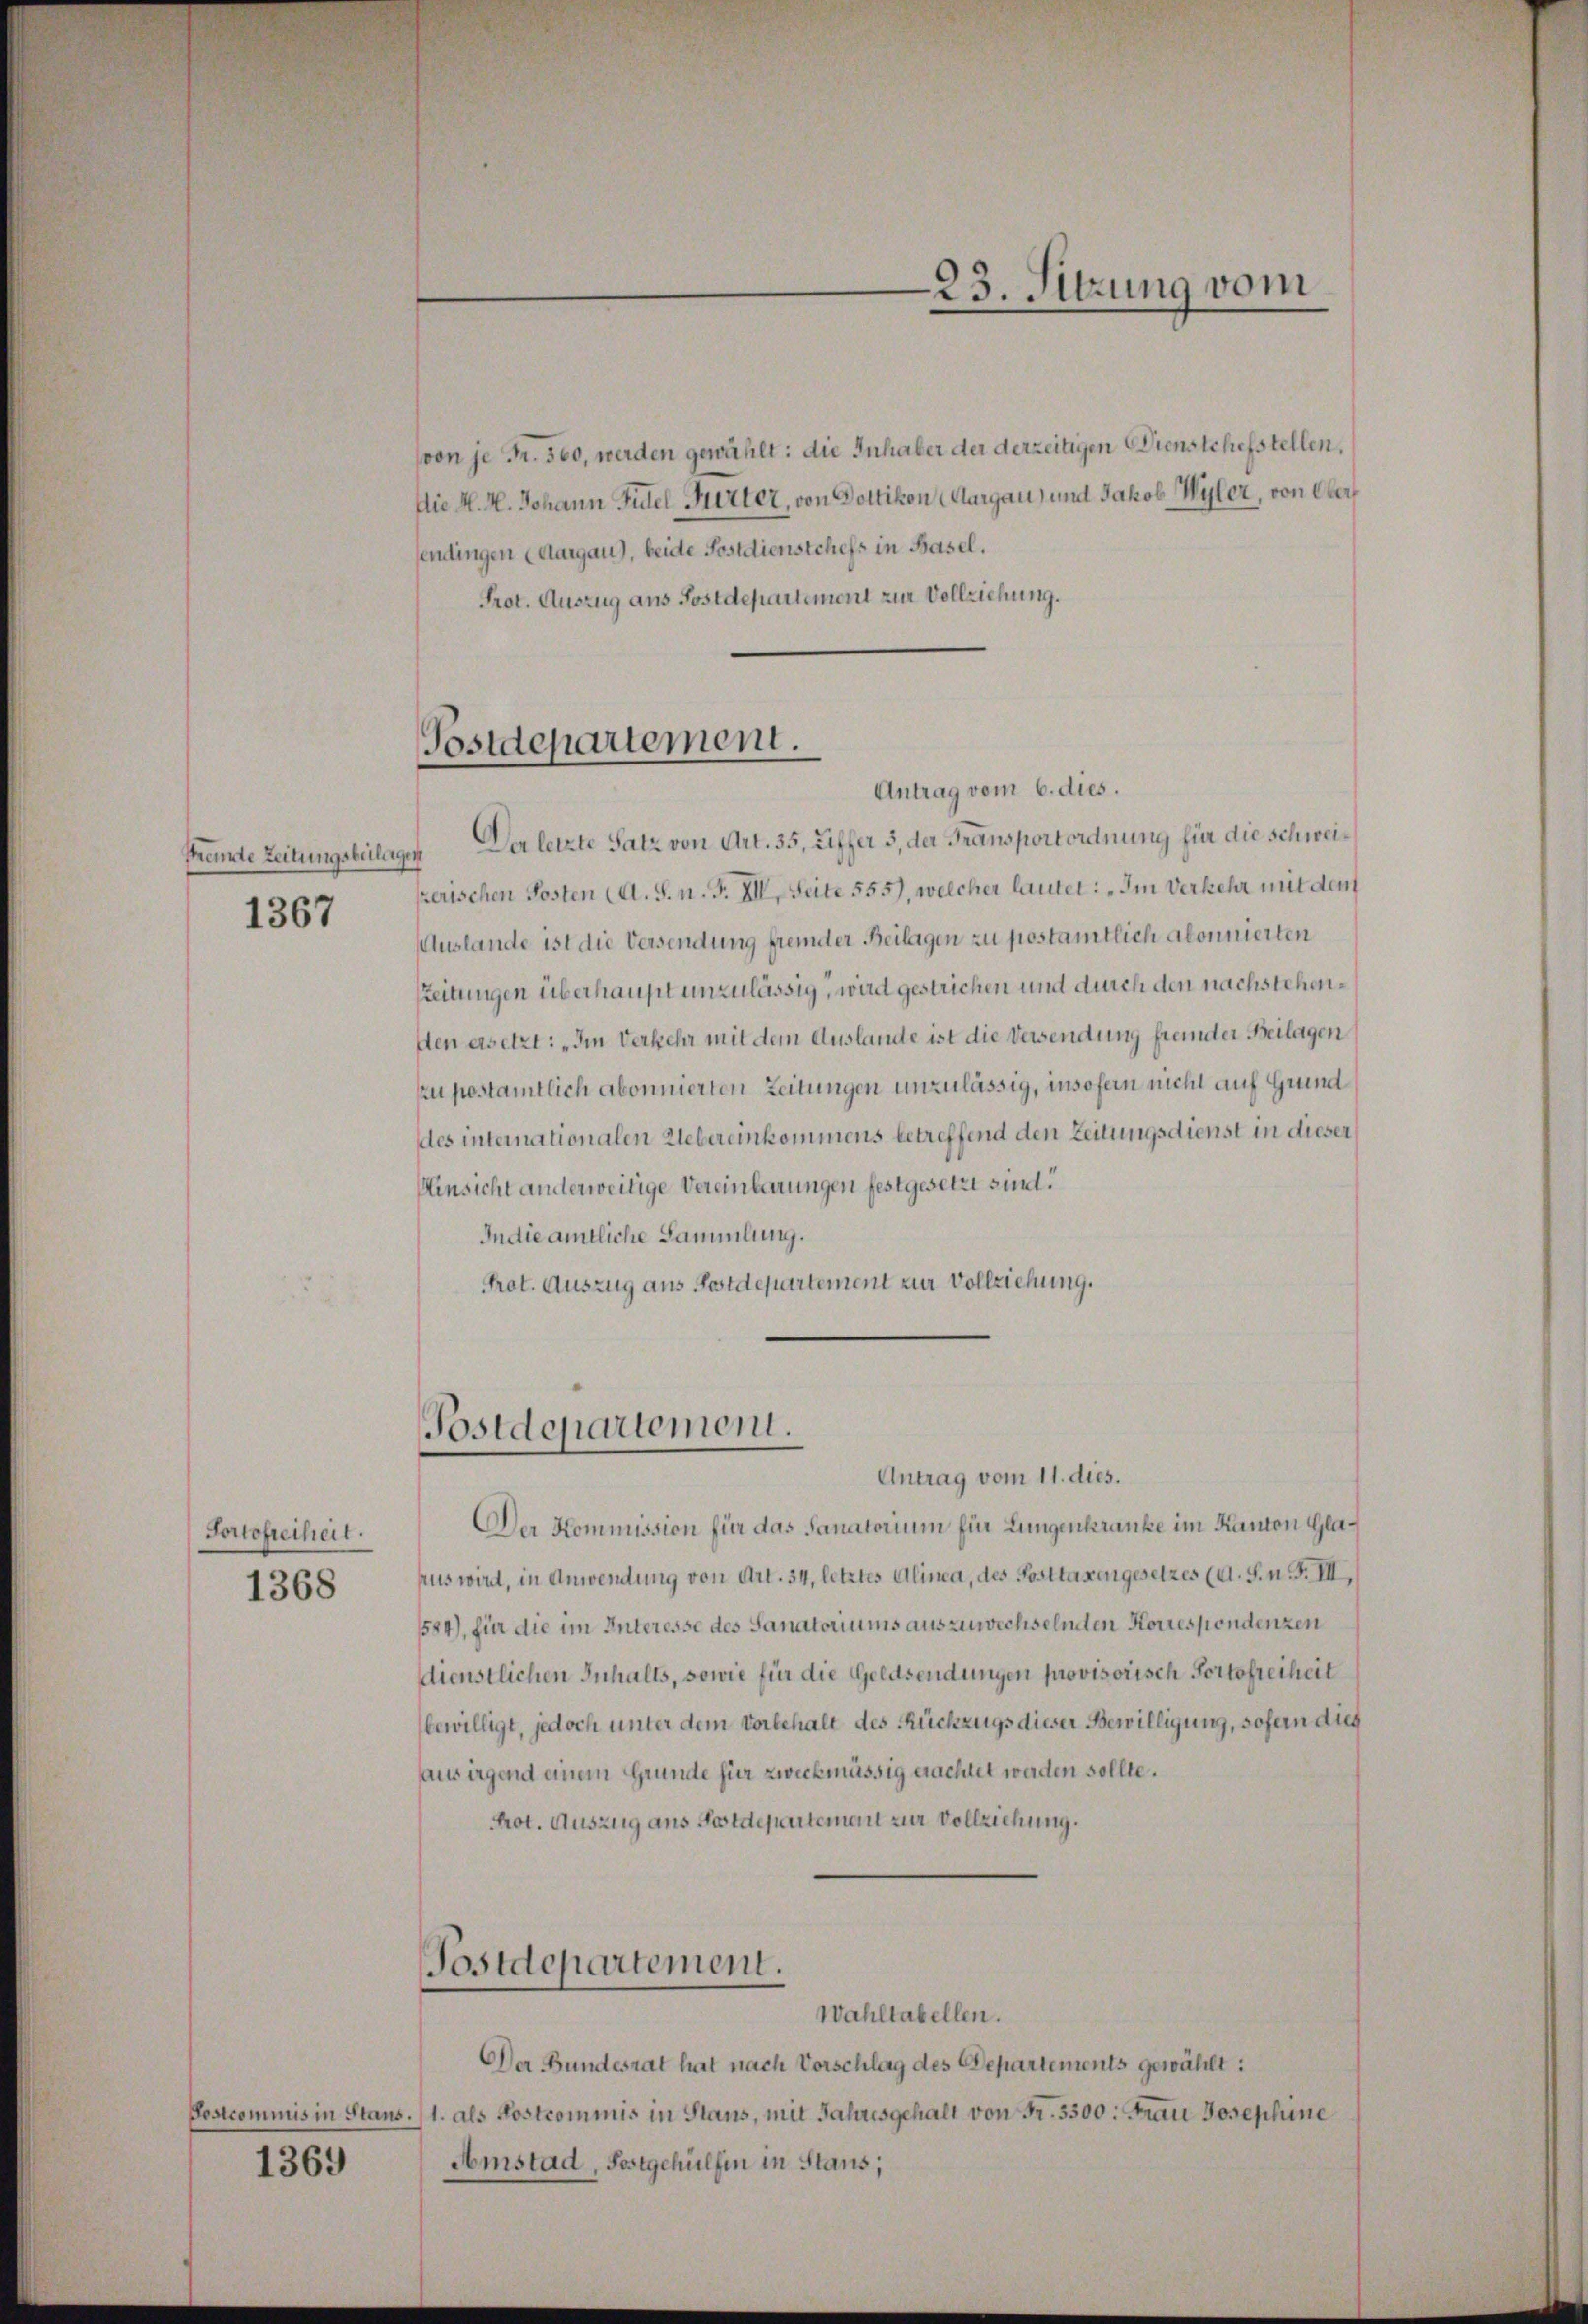
Prente Zeitungsbelagen
1367

Portofreiheit.
1368

Postcommis in Stans.

1369

(von je Fr. 500, werden gewählt: die Inhaber der derzeitigen Dienstchefstellen,
Die K. H. Johann Fidel Gurter, von Dottikon (Aargau, und Jakob Wyler, von Ober
sendingen (Aargau), beide Postdienstchefs in Basel.
Prot. Auszug aus Sostdepartement zur Vollziehung.

Postdepartement.
Antrag vom 6. dies.

Der letzte Satz von Art. 35, Ziffer 3, der Transportordnung für die schweizerischen Posten (A. S. n. F. XI. Seite 555), welcher lautet: „Im Verkehr mit dem
Auslande ist die Versendung fremder Beilagen zu postamtlich abonnierten
Zeitungen überhaupt unzulässig, wird gestrichen und durch den nachstehenden ersetzt: „Im Verkehr mit dem Auslande ist die Versendung fremder Beilagen
zu postamtlich abonnierten Zeitungen unzulässig, insofern nicht auf Grund
des internationalen Uebereinkommens betreffend den Zeitungsdienst in dieser
Einsicht anderweitige Vereinbarungen festgesetzt sind.
Indie amtliche Sammlung.
Prot. Auszug aus Postdepartement zur Vollziehung.

Postdepartement.
Antrag vom 11. dies.

Postdepartement.

23. Sitzung vom

Der Kommission für das Sanatorium für Lungenkranke im Kanton Glaaus wird, in Anwendung von Art. 34, letztes Alinea, des Posttassengesetzes (d. S. n. F. II,
1584), für die im Interesse des Sanatoriums auszuwechselnden Korrespondenzen
dienstlichen Inhalts, sowie für die Geldsendungen provisorisch Portofreiheit
bewilligt, jedoch unter dem Vorbehalt des Rückzugs dieser Bewilligung, sofern dies
aus irgend einem Grunde für zweckmässig erachtet werden sollte.
Prot. Auszug aus Postdepartement zur Vollziehung.

Wahltabellen.
Der Bundesrat hat nach Vorschlag des Departements gewählt:
1. als Postcommis in Stans, mit Jahresgehalt von Fr. 3300. Frau Josephine
Amstad, Postgehülfen in Stans,